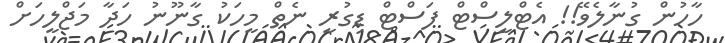
ހާހުން ގުނާލެވޭ!! އެޓްލީސްޓް ފަސްޓް ޑިގުރީ ނެތް މީހަކު ގާނޫނު ހަދާ މަޖްލީހަށް